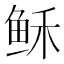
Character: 稣